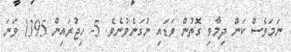
ނަމަވެސް ކަން ދިމާވި ގޮތުން ވަޑައި ނުގަނެވުނެވެ. 5- ހިޖުރައިން 1395 ވަނަ